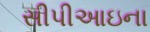
સીપીઆઇના